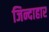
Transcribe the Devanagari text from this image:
जिन्दाहार